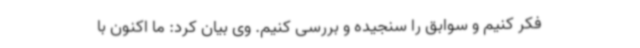
فکر کنیم و سوابق را سنجیده و بررسی کنیم. وی بیان کرد: ما اکنون با